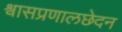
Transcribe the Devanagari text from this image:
श्वासप्रणालछेदन